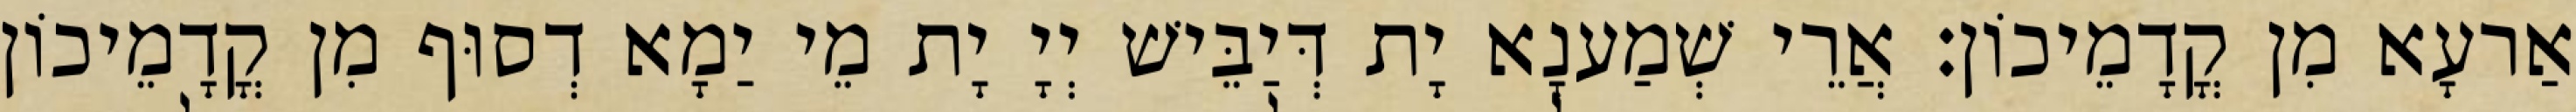
אַרעָא מִן קֳדָמֵיכוֹן׃ אֲרֵי שְׁמַענָא יָת דְּיַבֵּישׁ יְיָ יָת מֵי יַמָא דְסוּף מִן קֳדָמֵיכוֹן